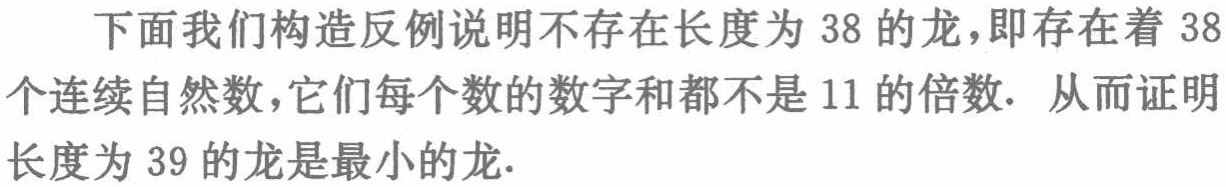
下面我们构造反例说明不存在长度为 38 的龙，即存在着 38 个连续自然数，它们每个数的数字和都不是 11 的倍数. 从而证明长度为 39 的龙是最小的龙.